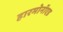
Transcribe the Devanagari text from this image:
हारमोनॉएड